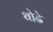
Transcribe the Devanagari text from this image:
थोढे